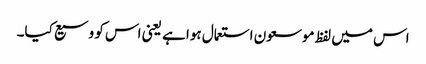
اس میں لفظ موسعون استعمال ہوا ہے یعنی اس کو وسیع کیا۔